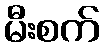
မီးစက်